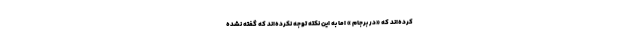
کرده‌اند که «‌در برجام » اما به این نکته توجه نکرده‌اند که گفته نشده